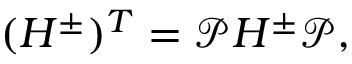
\begin{array} { r } { ( H ^ { \pm } ) ^ { T } = \mathcal { P } H ^ { \pm } \mathcal { P } , } \end{array}